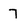
Character: 7